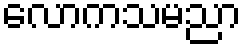
လောကသမညာ